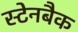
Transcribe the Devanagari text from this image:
स्टेनबैक